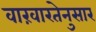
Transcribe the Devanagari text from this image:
वारंवारतेनुसार